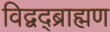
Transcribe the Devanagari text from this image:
विद्वद्ब्राह्मण